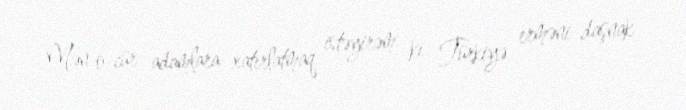
Mən o cür adamlara xatırlatmaq istəyirəm ki, Türkiyə erməni-daşnak